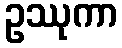
ဥဿုကာ